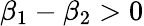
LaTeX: \beta_{1}-\beta_{2}>0